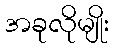
အခုလိုမျိုး